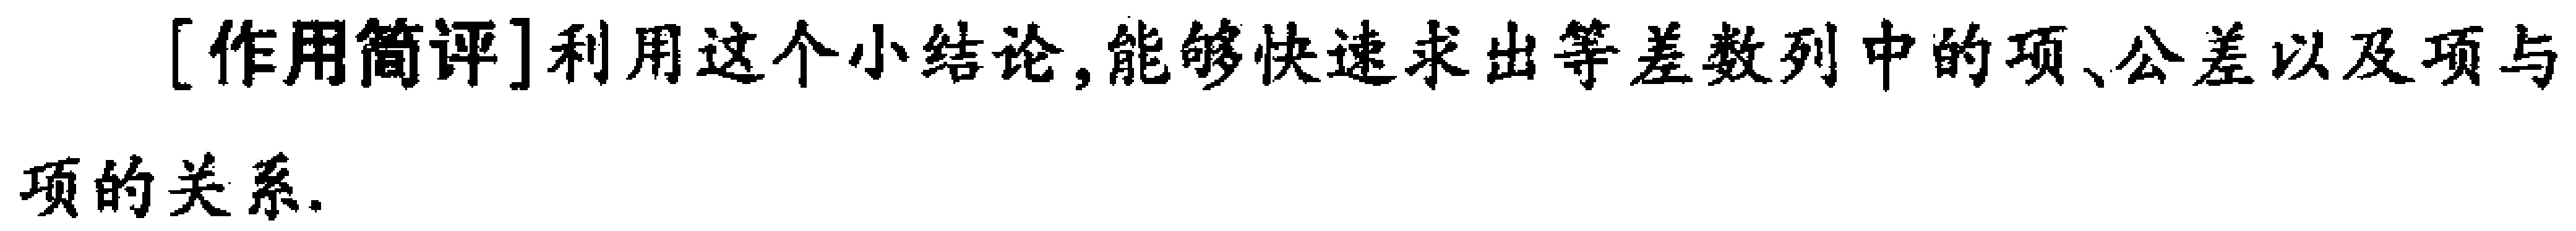
[作用简评]利用这个小结论,能够快速求出等差数列中的项、公差以及项与项的关系.